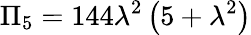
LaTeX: \Pi_{5}=144\lambda^{2}\left(5+\lambda^{2}\right)